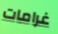
غرامات